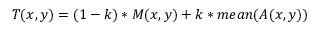
T ( x , y ) = ( 1 - k ) * M ( x , y ) + k * m e a n ( A ( x , y ) )